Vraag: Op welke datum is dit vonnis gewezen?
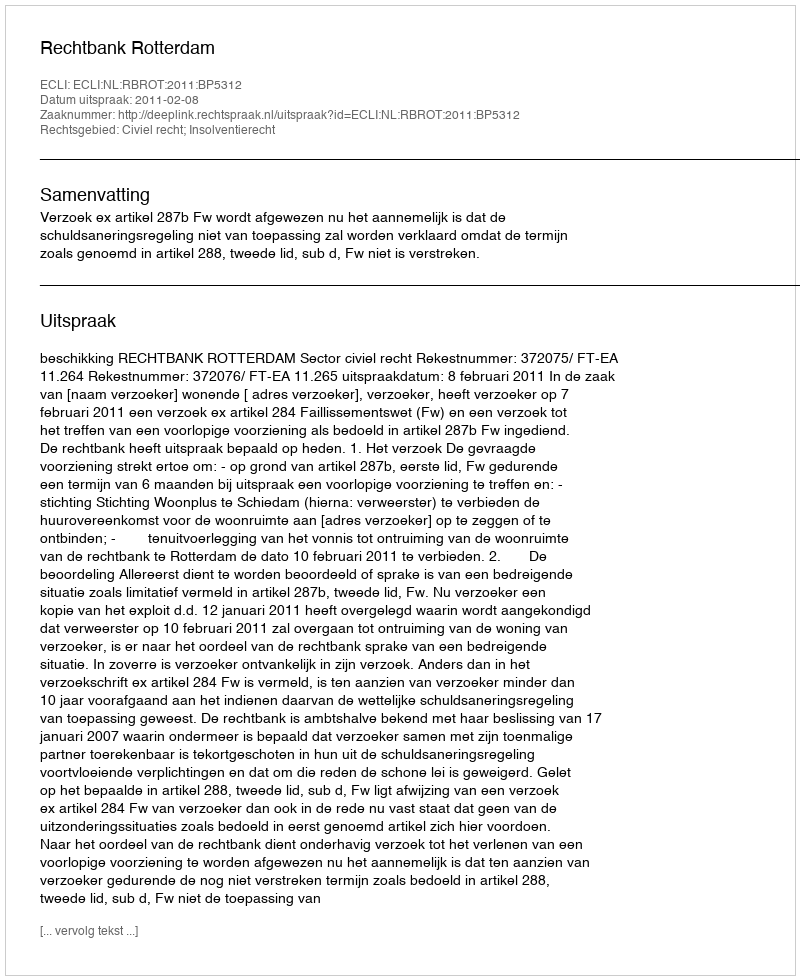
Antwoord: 2011-02-08